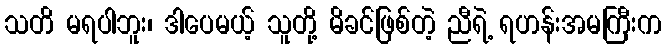
သတိ မရပါဘူး၊ ဒါပေမယ့် သူတို့ မိခင်ဖြစ်တဲ့ ညီရဲ့ ရဟန်းအမကြီးက